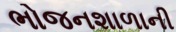
ભોજનશાળાની